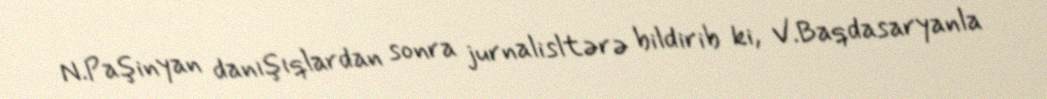
N.Paşinyan danışıqlardan sonra jurnalisltərə bildirib ki, V.Baqdasaryanla